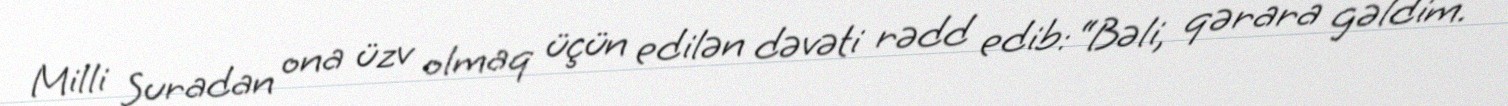
Milli Şuradan ona üzv olmaq üçün edilən dəvəti rədd edib: “Bəli, qərara gəldim.